Indian journal of veterinary science and animal husbandry - Volumes 15-17, 1948-1951
Year: 1948
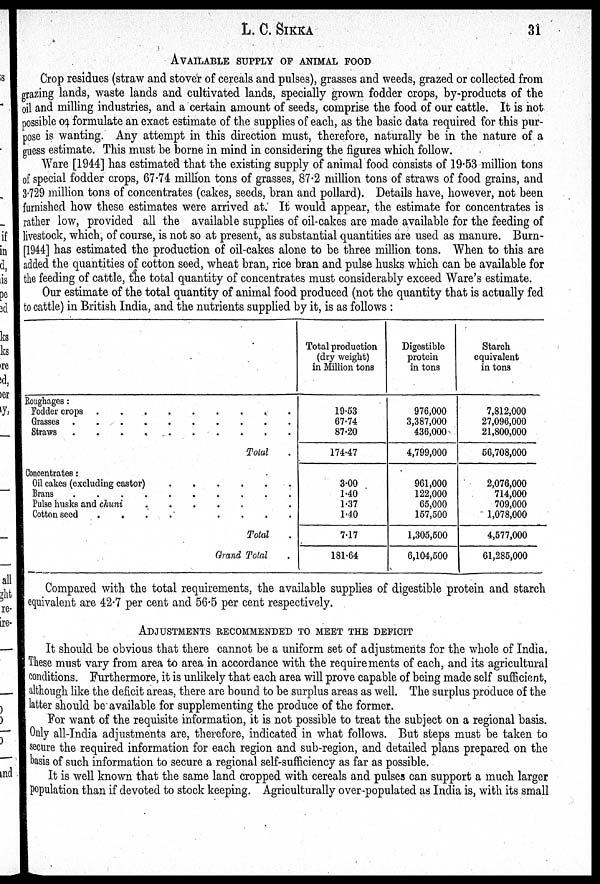
L. C. SIKKA
31
AVAILABLE SUPPLY OF ANIMAL FOOD
Crop residues (straw and stover of cereals and pulses), grasses and weeds, grazed or collected from
grazing lands, waste lands and cultivated lands, specially grown fodder crops, by-products of the
oil and milling industries, and a certain amount of seeds, comprise the food of our cattle. It is not
possible to formulate an exact estimate of the supplies of each, as the basic data required for this pur-
pose is wanting. Any attempt in this direction must, therefore, naturally be in the nature of a
guess estimate. This must be borne in mind in considering the figures which follow.
Ware [1944] has estimated that the existing supply of animal food consists of 19.53 million tons
of special fodder crops, 67.74 million tons of grasses, 87.2 million tons of straws of food grains, and
3.729 million tons of concentrates (cakes, seeds, bran and pollard). Details have, however, not been
furnished how these estimates were arrived at. It would appear, the estimate for concentrates is
rather low, provided all the available supplies of oil-cakes are made available for the feeding of
livestock, which, of course, is not so at present, as substantial quantities are used as manure. Burn-
[1944] has estimated the production of oil-cakes alone to be three million tons. When to this are
added the quantities of cotton seed, wheat bran, rice bran and pulse husks which can be available for
the feeding of cattle, the total quantity of concentrates must considerably exceed Ware's estimate.
Our estimate of the total quantity of animal food produced (not the quantity that is actually fed
to cattle) in British India, and the nutrients supplied by it, is as follows:
Roughages:
Fodder crops . . . . . . . . . .
Grasses . . . . . . . . . .
Straws
.
.
.
.
.
.
.
.
.
.
Total .
Concentrates:
Oil cakes (excluding castor) . . . . . .
Brans . . . . . .
Pulse husks and chuni
.
.
.
.
.
.
Cotton seed
.
.
.
.
.
.
.
.
Total .
Grand Total .
Total production
(dry weight)
in Million tons
19.53
67.74
87.20
174.47
3.00
1.40
1.37
1.40
7.17
181.64
Digestible
protein
in tons
976,000
3,387,000
436,000
4,799,000
961,000
122,000
65,000
157,500
1,305,500
6,104,500
Starch
equivalent
in tons
7,812,000
27,096,000
21,800,000
56,708,000
2,076,000
714,000
709,000
1,078,000
4,577,000
61,285,000
Compared with the total requirements, the available supplies of digestible protein and starch
equivalent are 42.7 per cent and 56.5 per cent respectively.
ADJUSTMENTS RECOMMENDED TO MEET THE DEFICIT
It should be obvious that there cannot be a uniform set of adjustments for the whole of India.
These must vary from area to area in accordance with the requirements of each, and its agricultural
conditions. Furthermore, it is unlikely that each area will prove capable of being made self sufficient,
although like the deficit areas, there are bound to be surplus areas as well. The surplus produce of the
latter should be available for supplementing the produce of the former.
For want of the requisite information, it is not possible to treat the subject on a regional basis.
Only all-India adjustments are, therefore, indicated in what follows. But steps must be taken to
secure the required information for each region and sub-region, and detailed plans prepared on the
basis of such information to secure a regional self-sufficiency as far as possible.
It is well known that the same land cropped with cereals and pulses can support a much larger
population than if devoted to stock keeping. Agriculturally over populated as India is, with its small